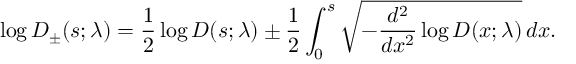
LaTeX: \log D _ { \pm } ( s ; \lambda ) = { \frac { 1 } { 2 } } \log D ( s ; \lambda ) \pm { \frac { 1 } { 2 } } \int _ { 0 } ^ { s } \sqrt { - { \frac { d ^ { 2 } } { d x ^ { 2 } } } \log D ( x ; \lambda ) } \, d x .